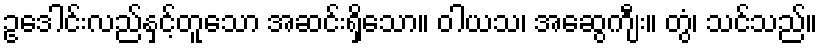
ဥဒေါင်းလည်နှင့်တူသော အဆင်းရှိသော။ ဝါယသ၊ အဆွေကျီး။ တွံ၊ သင်သည်။